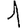
Digit: 1